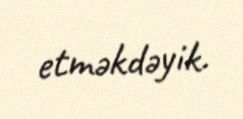
etməkdəyik.